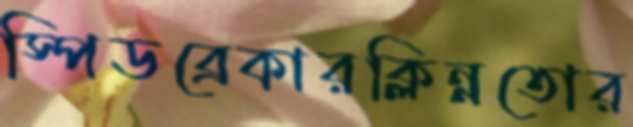
স্পিডব্রেকারক্লিন্নতোর